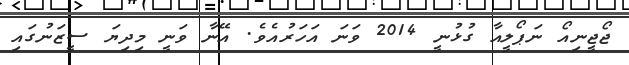
ޖޯޖީނިއޯ ނަޕޯލީއާ ގުޅުނީ 2014 ވަނަ އަހަރުއެވެ. އޭނާ ވަނީ މިދިޔަ ސީޒަނުގައި